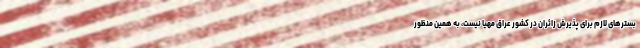
بسترهای لازم برای پذیرش زائران در کشور عراق مهیا نیست، به همین منظور